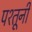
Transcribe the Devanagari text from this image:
पश्तूनी